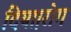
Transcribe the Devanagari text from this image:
दिया।रोग